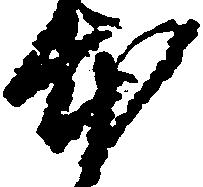
本